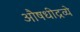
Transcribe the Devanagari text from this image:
औषधीद्रव्ये